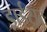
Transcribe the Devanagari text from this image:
ड्राईसूट